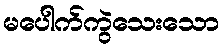
မပေါက်ကွဲသေးသော